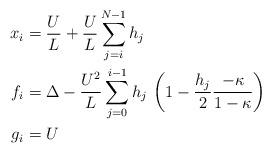
LaTeX: \begin{align*}\begin{aligned} x_i {}&={} \frac{U}{L} + \frac{U}{L} \sum\limits_{j=i}^{N-1} h_j \\ f_i {}&={} \Delta - \frac{U^2}{L} \sum\limits_{j=0}^{i-1} h_j \, \left(1 - \frac{h_j}{2} \frac{-\kappa}{1-\kappa} \right) \\ g_i {}&={} U\end{aligned} \end{align*}